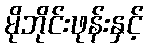
မိုဘိုင်းဖုန်းနှင့်